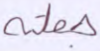
جعلته